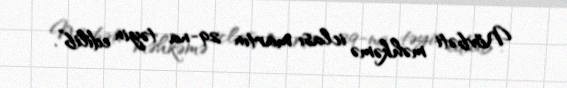
Növbəti məhkəmə iclası martın 29-na təyin edilib”.